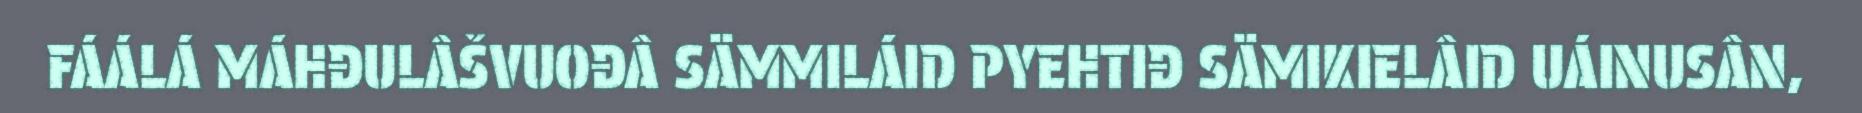
FÁÁLÁ MÁHĐULÂŠVUOĐÂ SÄMMILÁID PYEHTIĐ SÄMIKIELÂID UÁINUSÂN,